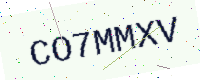
Text: CO7MMXV